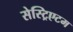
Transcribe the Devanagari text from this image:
सेस्ट्रिएटम